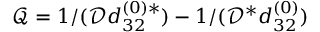
\mathcal { Q } = { 1 } / ( { \mathcal { D } d _ { 3 2 } ^ { ( 0 ) \ast } } ) - { 1 } / ( { \mathcal { D } ^ { \ast } d _ { 3 2 } ^ { ( 0 ) } } )